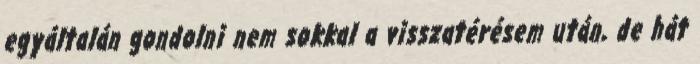
egyáltalán gondolni nem sokkal a visszatérésem után, de hát